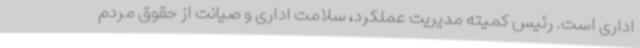
اداری است. رئیس کمیته مدیریت عملکرد، سلامت اداری و صیانت از حقوق مردم